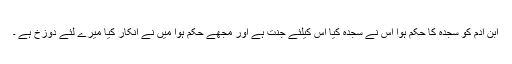
ابنِ آدم کو سجدہ کا حکم ہوا اُس نے سَجدہ کیا اُس کیلئے جنّت ہے اور مجھے حکم ہوا میں نے انکار کیا میرے لئے دوزخ ہے ۔